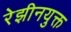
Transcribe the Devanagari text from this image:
रेझीनयुक्त